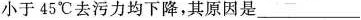
小于45^\circ C去污力均下降，其原因是___